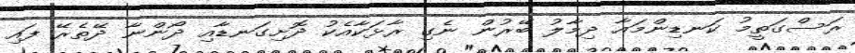
ރަސްގަތީމު ކަނޑިންމައާ ދިމާލު ބޭރުން ނެގި ރާޅަކާއެކު ދޮށިގަނޑާއި ދޯންނާ ދޭތެރޭ ފައި